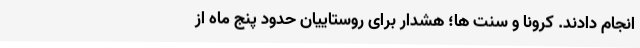
انجام دادند. کرونا و سنت ها؛ هشدار برای روستاییان حدود پنج ماه از